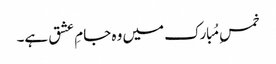
خمسِ مُبارک میں وہ جامِ عشق ہے۔